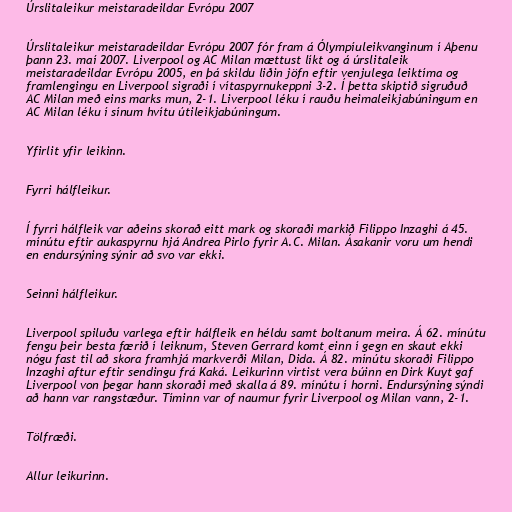
Úrslitaleikur meistaradeildar Evrópu 2007

Úrslitaleikur meistaradeildar Evrópu 2007 fór fram á Ólympíuleikvanginum í Aþenu
þann 23. maí 2007. Liverpool og AC Milan mættust líkt og á úrslitaleik
meistaradeildar Evrópu 2005, en þá skildu liðin jöfn eftir venjulega leiktíma og
framlengingu en Liverpool sigraði í vítaspyrnukeppni 3-2. Í þetta skiptið sigruðuð
AC Milan með eins marks mun, 2-1. Liverpool léku í rauðu heimaleikjabúningum en
AC Milan léku í sínum hvítu útileikjabúningum.

Yfirlit yfir leikinn.

Fyrri hálfleikur.

Í fyrri hálfleik var aðeins skorað eitt mark og skoraði markið Filippo Inzaghi á 45.
mínútu eftir aukaspyrnu hjá Andrea Pirlo fyrir A.C. Milan. Ásakanir voru um hendi
en endursýning sýnir að svo var ekki.

Seinni hálfleikur.

Liverpool spiluðu varlega eftir hálfleik en héldu samt boltanum meira. Á 62. mínútu
fengu þeir besta færið í leiknum, Steven Gerrard komt einn í gegn en skaut ekki
nógu fast til að skora framhjá markverði Milan, Dida. Á 82. mínútu skoraði Filippo
Inzaghi aftur eftir sendingu frá Kaká. Leikurinn virtist vera búinn en Dirk Kuyt gaf
Liverpool von þegar hann skoraði með skalla á 89. mínútu í horni. Endursýning sýndi
að hann var rangstæður. Tíminn var of naumur fyrir Liverpool og Milan vann, 2-1.

Tölfræði.

Allur leikurinn.